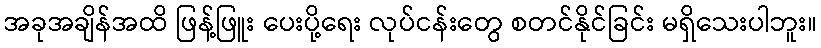
အခုအချိန်အထိ ဖြန့်ဖြူး ပေးပို့ရေး လုပ်ငန်းတွေ စတင်နိုင်ခြင်း မရှိသေးပါဘူး။